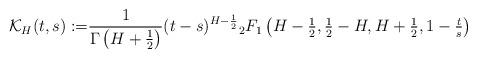
LaTeX: \begin{align*} \mathcal{K}_H(t,s) :=&\frac{1}{\Gamma\left(H+ \tfrac 12\right)}(t-s)^{H- \frac 12} \vphantom{F}_2F_1\left(H-\tfrac12,\tfrac12-H,H+\tfrac12,1-\tfrac ts\right)\end{align*}